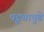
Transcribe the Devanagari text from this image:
पट्ट्यापुढे